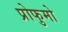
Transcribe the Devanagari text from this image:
प्रोफुमो